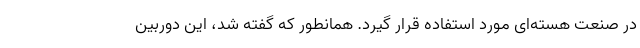
در صنعت هسته‌ای مورد استفاده قرار گیرد. همانطور که گفته شد، این دوربین